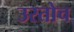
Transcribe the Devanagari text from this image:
उरतोच